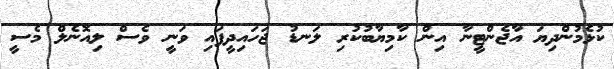
ކުޅެމުންދިޔަ އާޖެންޓީނާ އިން ކާމިޔާބުކުރި ލަނޑު ޖަހައިދީފައި ވަނީ ވެސް ލިއޮނެލް މެސީ